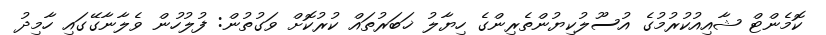
ކޮމެންޓް ޝާއިއުކުރުމުގެ އުސޫލުކިޔުންތެރިންގެ ހިޔާލު ޚަބަރުތައް ކުރުކޮށް ވަގުތުން: ފުލުހުން ވެލާނާގޭގައި ހާމިދު